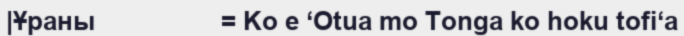
|Ұраны                  = Ko e ʻOtua mo Tonga ko hoku tofiʻa